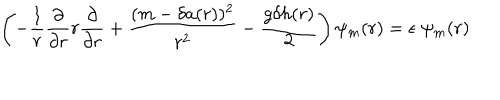
\left( - { \frac { 1 } { r } } { \frac { \partial } { \partial r } } r { \frac { \partial } { \partial r } } + { \frac { ( m - \delta a ( r ) ) ^ { 2 } } { r ^ { 2 } } } - { \frac { g \delta h ( r ) } { 2 } } \right) \psi _ { m } ( r ) = \epsilon \; \psi _ { m } ( r )